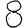
Digit: 8